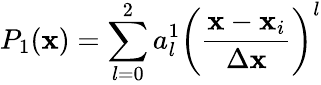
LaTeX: P_{1}(\mathbf{x})=\sum_{l=0}^{2}a_{l}^{1}\left(\frac{{\mathbf{x}-\mathbf{x}_{i}}}{{\Delta\mathbf{x}}}\right)^{l}